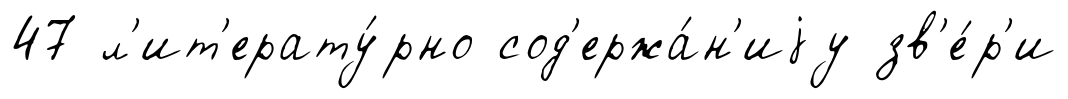
47 л'ит'ерату́рно сод'ержа́н'иjу зв'е́р'и